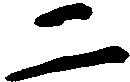
二